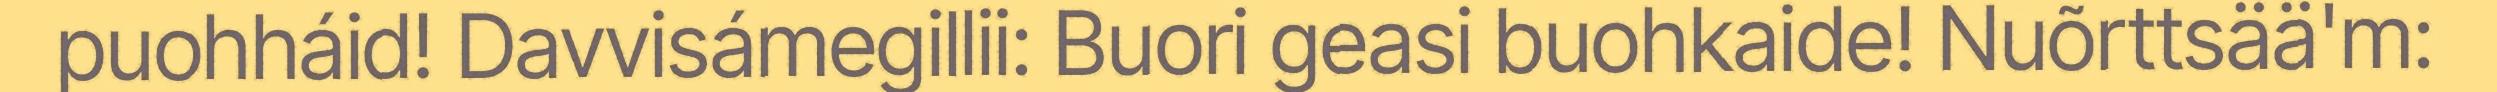
puohháid! Davvisámegillii: Buori geasi buohkaide! Nuõrttsää'm: